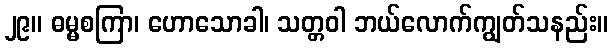
၂၉။ ဓမ္မစကြာ၊ ဟောသောခါ၊ သတ္တဝါ ဘယ်လောက်ကျွတ်သနည်း။